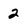
Character: 2